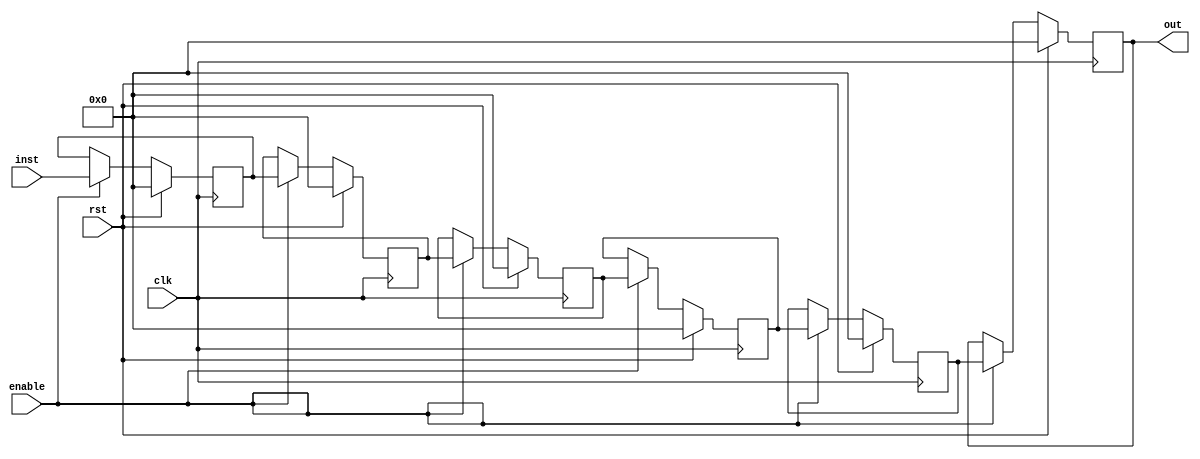
// A shift register that may qualify a pipeline:
// * Data is consistently pushed from input to output cycle by cycle
// * Names match the one of a typical pipeline in a processor

module sregPipeline(inst, out, enable, clk, rst);
  input [8:0]inst;
  input enable, clk, rst;
  output [8:0]out;
  reg [8:0]out;
  reg [8:0] stFetch;
  reg [8:0] stDecode;
  reg [8:0] stOperands;
  reg [8:0] stExecute;
  reg [8:0] stWriteback;

  always @(posedge(clk))
  begin
    if (rst==1) 
    begin
        out <= 0;
        stWriteback <= 0;
        stExecute <= 0;
        stOperands <= 0;
        stDecode <= 0;
        stFetch <= 0;
    end
    else
      if (enable==1) 
      begin
        out <= stWriteback;
        stWriteback <= stExecute;
        stExecute <= stOperands;
        stOperands <= stDecode;
        stDecode <= stFetch;
        stFetch <= inst;
      end
  end

  
endmodule